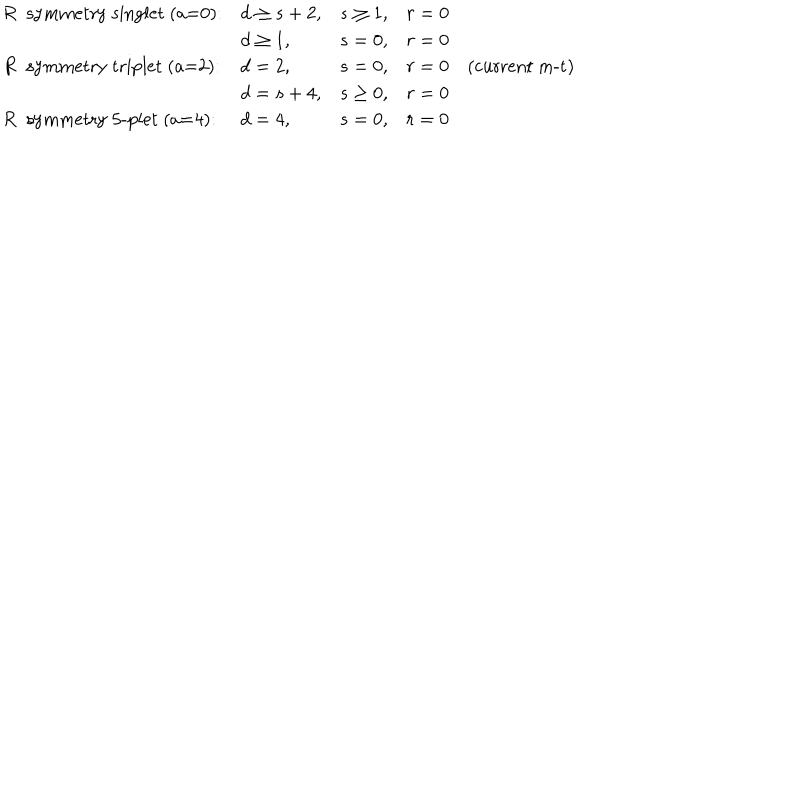
\begin{array} { l l l l } { { \mathrm { ~ R ~ s y m m e t r y ~ s i n g l e t ~ ( a = 0 ) : } } } & { { d \geq s + 2 , } } & { { s \geq 1 , } } & { { r = 0 } } \\ { { } } & { { d \geq 1 , } } & { { s = 0 , } } & { { r = 0 } } \\ { { \mathrm { ~ R ~ s y m m e t r y ~ t r i p l e t ~ ( a = 2 ) : } } } & { { d = 2 , } } & { { s = 0 , } } & { { r = 0 \quad \mathrm { ( c u r r e n t ~ m - t ) } } } \\ { { } } & { { d = s + 4 , } } & { { s \geq 0 , } } & { { r = 0 } } \\ { { \mathrm { ~ R ~ s y m m e t r y ~ 5 - p l e t ~ ( a = 4 ) : } } } & { { d = 4 , } } & { { s = 0 , } } & { { r = 0 } } \\ \end{array}